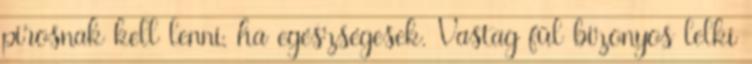
pirosnak kell lenni, ha egészségesek. Vastag fül bizonyos lelki